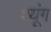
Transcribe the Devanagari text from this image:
श्यूंग